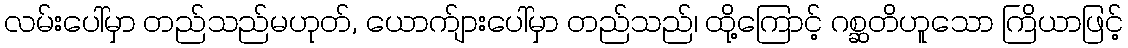
လမ်းပေါ်မှာ တည်သည်မဟုတ်, ယောက်ျားပေါ်မှာ တည်သည်၊ ထို့ကြောင့် ဂစ္ဆတိဟူသော ကြိယာဖြင့်